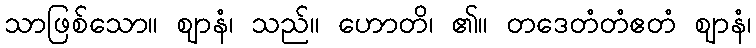
သာဖြစ်သော။ ဈာနံ၊ သည်။ ဟောတိ၊ ၏။ တဒေတံတံဧတံ ဈာနံ၊